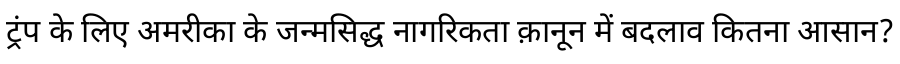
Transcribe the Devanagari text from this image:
ट्रंप के लिए अमरीका के जन्मसिद्ध नागरिकता क़ानून में बदलाव कितना आसान?